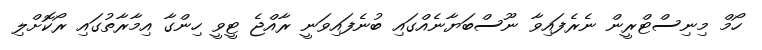
ހޯމް މިނިސްޓްރީން ނެރެފައިވާ ނޫސްބަޔާނެއްގައި ބުނެފައިވަނީ ރާއްޖެ ޓީވީ ހިންގާ އިމާރާތުގައި ރޯކޮށްލި